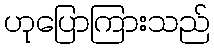
ဟုပြောကြားသည်